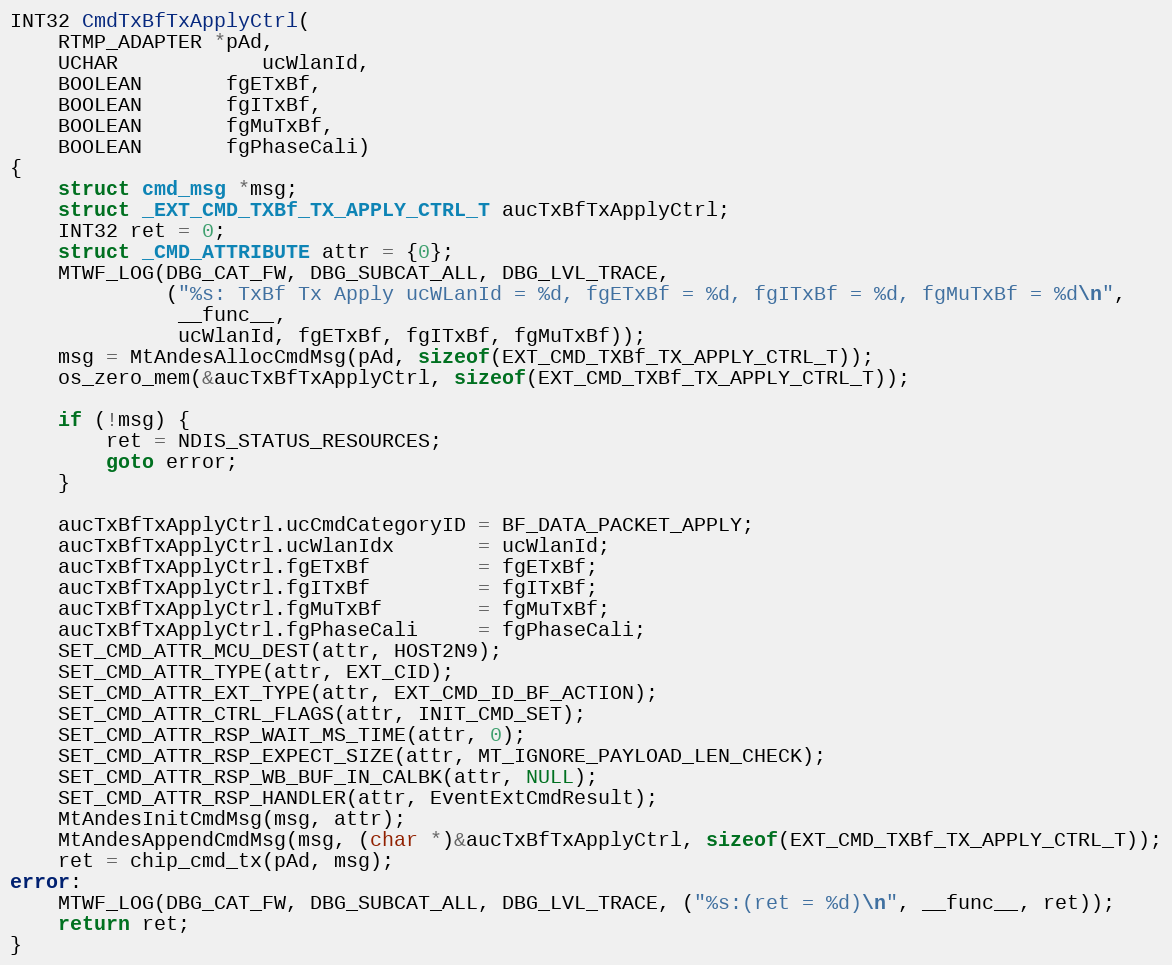
Language: C
INT32 CmdTxBfTxApplyCtrl(
	RTMP_ADAPTER *pAd,
	UCHAR			ucWlanId,
	BOOLEAN       fgETxBf,
	BOOLEAN       fgITxBf,
	BOOLEAN       fgMuTxBf,
	BOOLEAN       fgPhaseCali)
{
	struct cmd_msg *msg;
	struct _EXT_CMD_TXBf_TX_APPLY_CTRL_T aucTxBfTxApplyCtrl;
	INT32 ret = 0;
	struct _CMD_ATTRIBUTE attr = {0};
	MTWF_LOG(DBG_CAT_FW, DBG_SUBCAT_ALL, DBG_LVL_TRACE,
			 ("%s: TxBf Tx Apply ucWLanId = %d, fgETxBf = %d, fgITxBf = %d, fgMuTxBf = %d\n",
			  __func__,
			  ucWlanId, fgETxBf, fgITxBf, fgMuTxBf));
	msg = MtAndesAllocCmdMsg(pAd, sizeof(EXT_CMD_TXBf_TX_APPLY_CTRL_T));
	os_zero_mem(&aucTxBfTxApplyCtrl, sizeof(EXT_CMD_TXBf_TX_APPLY_CTRL_T));

	if (!msg) {
		ret = NDIS_STATUS_RESOURCES;
		goto error;
	}

	aucTxBfTxApplyCtrl.ucCmdCategoryID = BF_DATA_PACKET_APPLY;
	aucTxBfTxApplyCtrl.ucWlanIdx       = ucWlanId;
	aucTxBfTxApplyCtrl.fgETxBf         = fgETxBf;
	aucTxBfTxApplyCtrl.fgITxBf         = fgITxBf;
	aucTxBfTxApplyCtrl.fgMuTxBf        = fgMuTxBf;
	aucTxBfTxApplyCtrl.fgPhaseCali     = fgPhaseCali;
	SET_CMD_ATTR_MCU_DEST(attr, HOST2N9);
	SET_CMD_ATTR_TYPE(attr, EXT_CID);
	SET_CMD_ATTR_EXT_TYPE(attr, EXT_CMD_ID_BF_ACTION);
	SET_CMD_ATTR_CTRL_FLAGS(attr, INIT_CMD_SET);
	SET_CMD_ATTR_RSP_WAIT_MS_TIME(attr, 0);
	SET_CMD_ATTR_RSP_EXPECT_SIZE(attr, MT_IGNORE_PAYLOAD_LEN_CHECK);
	SET_CMD_ATTR_RSP_WB_BUF_IN_CALBK(attr, NULL);
	SET_CMD_ATTR_RSP_HANDLER(attr, EventExtCmdResult);
	MtAndesInitCmdMsg(msg, attr);
	MtAndesAppendCmdMsg(msg, (char *)&aucTxBfTxApplyCtrl, sizeof(EXT_CMD_TXBf_TX_APPLY_CTRL_T));
	ret = chip_cmd_tx(pAd, msg);
error:
	MTWF_LOG(DBG_CAT_FW, DBG_SUBCAT_ALL, DBG_LVL_TRACE, ("%s:(ret = %d)\n", __func__, ret));
	return ret;
}